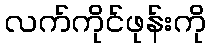
လက်ကိုင်ဖုန်းကို